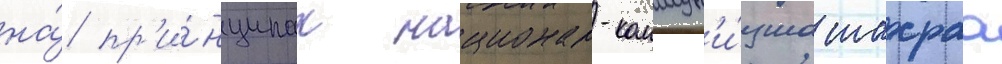
на́ пр'и́нципах национал-коммун'и́зма шахраа